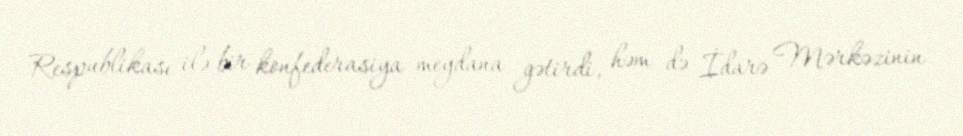
Respublikası ilə bir konfederasiya meydana gətirdi, həm də İdarə Mərkəzinin